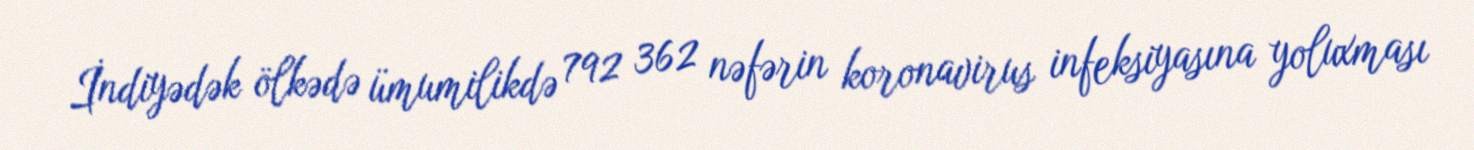
İndiyədək ölkədə ümumilikdə 792 362 nəfərin koronavirus infeksiyasına yoluxması